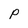
Character: P